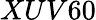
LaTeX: XUV60